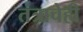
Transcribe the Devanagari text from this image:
तंत्राचेही